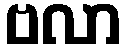
ဗလာ